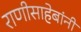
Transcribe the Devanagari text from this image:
राणीसाहेबांनी